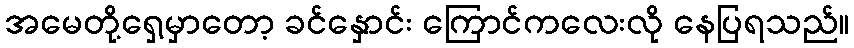
အမေတို့ရှေ့မှာတော့ ခင်နှောင်း ကြောင်ကလေးလို နေပြရသည်။